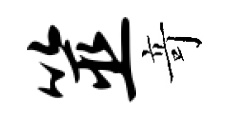
筮竒